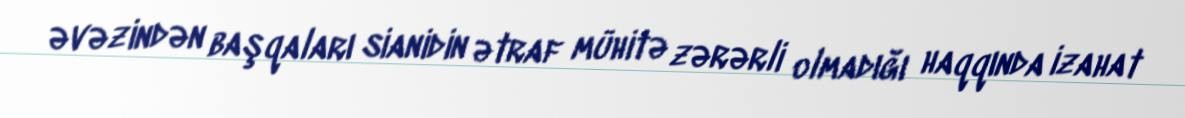
əvəzindən başqaları sianidin ətraf mühitə zərərli olmadığı haqqında izahat